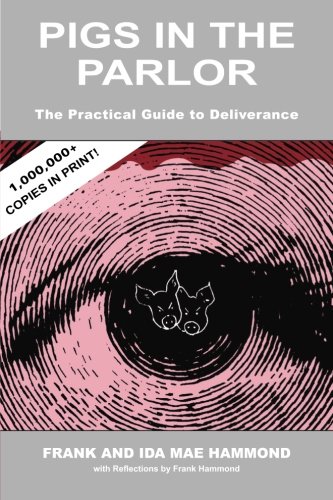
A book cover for Pigs in the Parlor: A Practical Guide to Deliverance; Frank Hammond; Christian Books & Bibles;